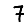
Digit: 7